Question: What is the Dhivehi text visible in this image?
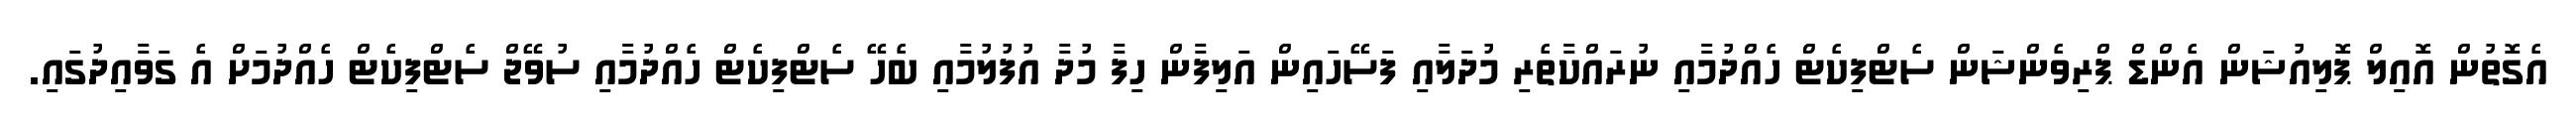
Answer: އެގޮތުން އޮއިލް ޕޮލިއުޝަން އެންޑް ޕްރިވެންޝަން ސެޓްފިކެޓް ހެއްދުމާއި ނުރައްކާތެރި މުދަލާއި ފަސޭހައިން އަލިފާން ހިފާ މުދާ އުފުލުމާއި ބެހޭ ސެޓްފިކެޓް ހެއްދުމާއި ސުވޭޖް ސެޓްފިކެޓް ހެއްދުމަށް އެ ގަވާއިދުގައި.